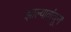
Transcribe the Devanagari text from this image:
झाल्यावांचून